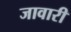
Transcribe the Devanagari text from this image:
जावारी